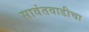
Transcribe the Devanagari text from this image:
सावंतवाडीचा